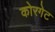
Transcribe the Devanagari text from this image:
कोरगेट